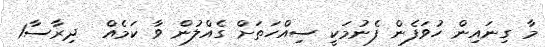
މާ ގިނައިން ހުވަފެން ފެނުމަކީ ސިއްހަތަށް ގެއްލުން ވާ ކަމެއް  ދިރާސާ1